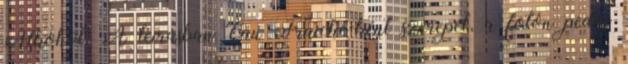
Alkohol. A leírásban Eau Fraiche-ként szerepel, a fotón pedig